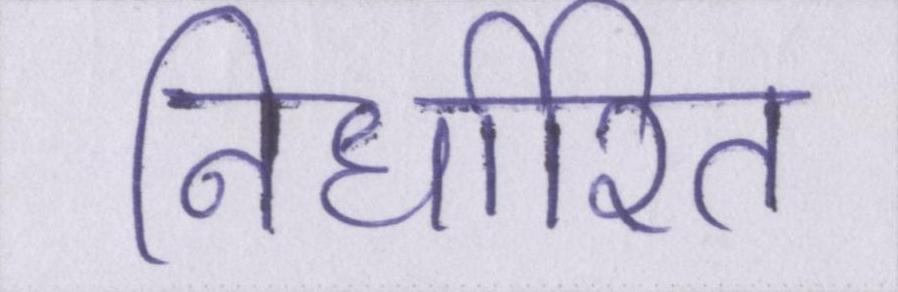
निर्धारित